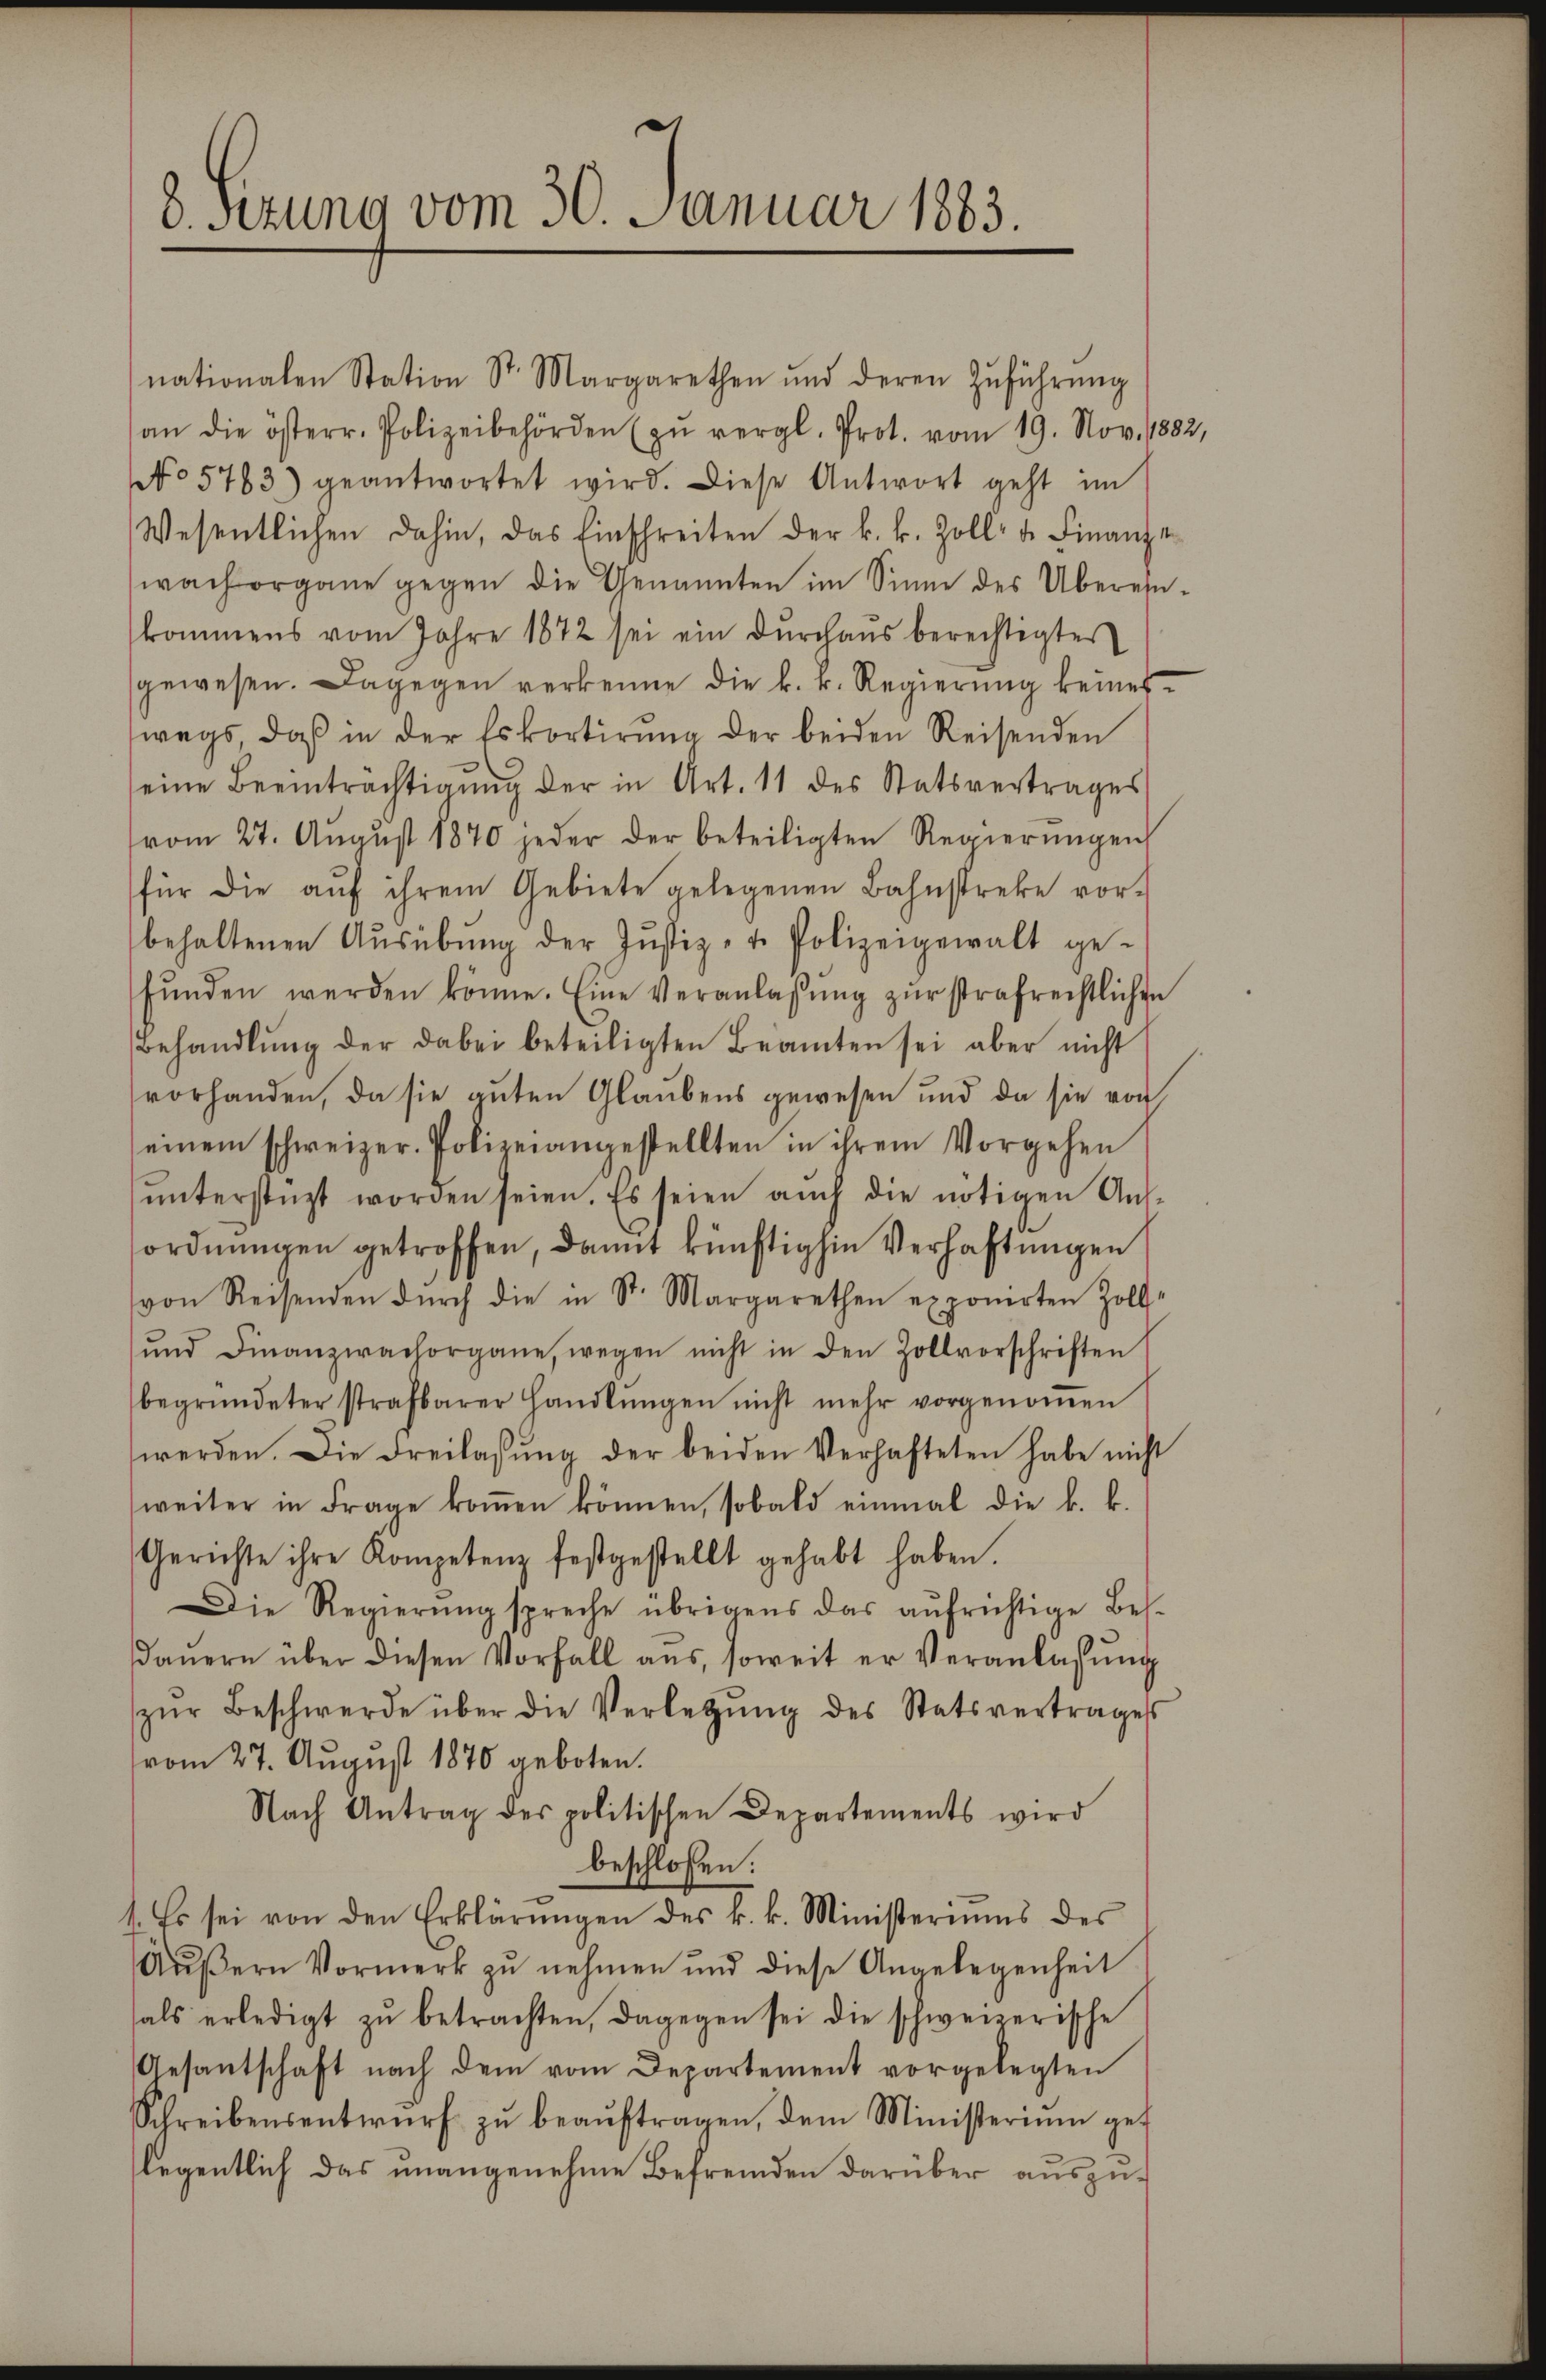
8. Sitzung vom 30. Januar 1883.

nationalen Station Sr. Margarethen ŭnd deren Zŭführŭng
an die österr. Polizeibehörden (zŭ vergl. Prot. vom 19. Nov. 188.
No 5763) geantwortet wird. Diese Antwort geht im
Wesentlichen dahin, das Einschreiten der k. k. Zoll- u. Finanze
wach organe gegen die Genannten im Sinne des Überein-
kommens vom Jahre 1872 sei ein Durchaus berechtigter
gewesen. Dagegen verkenne die k. r. Regierŭng keines
wegs, daß in der Eskortirŭng der beiden Reisenden
seine Beeinträchtigŭng der in Art. 11 des Statsvertrages
vom 27. Aŭgŭst 1870 jeder der beteiligten Regierŭngen
für die aŭf ihrem Gebiete gelegenen Bahnstreke vor-
behaltenen Aŭsübŭng der Justiz- u. Polizeigewalt ge-
fŭnden werden könne. Eine Veranlassŭng zŭr strafrechtlichen
Behandlŭng der dabei beteiligten Beamten sei aber nicht
vorhanden, da sie guten Glaubens gewesen und da sie von
einem schweizer. Polizeiangestellten in ihrem Vorgehen
ŭnterstüzt worden seien. Es seien aŭch die nötigen Aus-
ordnungen getroffen, damit künftighin Verhaftungen
von Reisenden dŭrch die in St. Margarethen exponirten Zoll-
ŭnd Finanzwachorgane, wegen nicht in den Zollvorschriften
begründeter strafbarer Handlŭngen nicht mehr vorgenoṁen
werden. Die Freilassŭng der beiden Verhafteten habe nicht
weiter in Frage koṁen können, sobald einmal die k. k.
Gerichte ihre Kompetenz festgestellt gehabt haben.
Die Regierŭng spreche übrigens das aŭfrichtige Bes-
daŭern über diesen Vorfall aus, soweit er Veranlassŭng
zŭr Beschwerde über die Verletzŭng des Statsvertrages
vom 27. August 1870 geboten.
Nach Antrag des politischen Departements wird
beschlossen:
1. Es sei von den Erklärŭngen des k. k. Ministeriums des
Aŭβern Vormerk zŭ nehmen und diese Angelegenheit
hals erledigt zŭ betrachten, dagegen sei die schweizerische
Gesantschaft nach dem vom Departement vorgelegten
Schreibensentwurf zu beauftragen, dem Ministerium gelegentlich das unangenehme Befremden darüber auszu¬